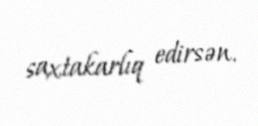
saxtakarlıq edirsən.